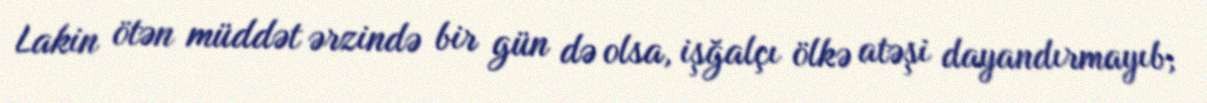
Lakin ötən müddət ərzində bir gün də olsa, işğalçı ölkə atəşi dayandırmayıb,